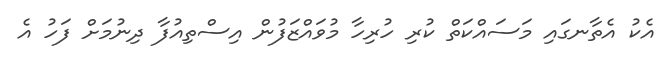
އެކު އެތާނގައި މަސައްކަތް ކުރި ހުރިހާ މުވައްޒަފުން އިސްތިއުފާ ދިނުމަށް ފަހު އެ